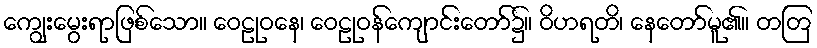
ကျွေးမွေးရာဖြစ်သော။ ဝေဠုဝနေ၊ ဝေဠုဝန်ကျောင်းတော်၌။ ဝိဟရတိ၊ နေတော်မူ၏။ တတြ